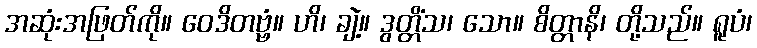
အဆုံးအဖြတ်ကို။ ဝေဒိတဗ္ဗံ။ ဟိ၊ ချဲ့။ ဒွတ္တိံသ၊ သော။ စိတ္တာနိ၊ တို့သည်။ ရူပံ၊